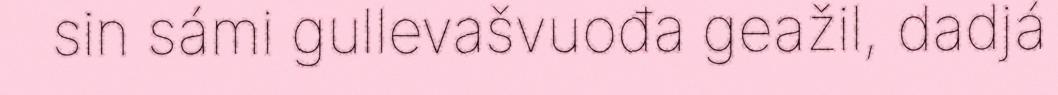
sin sámi gullevašvuođa geažil, dadjá